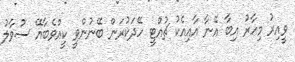
ވީއިރު މިހާރު އިބާ އޭނާ އާއިއެކު ޗުއްޓީ ހޭދަކުރަން ބޭނުންވީ ކީއްވެބާއޭ ސުވާލު